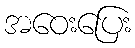
အဝေးပြေး